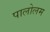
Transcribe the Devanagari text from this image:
पालोलम